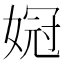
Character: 𫱌